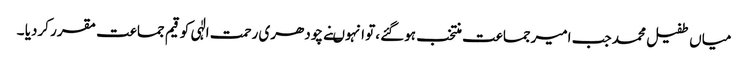
میاں طفیل محمد جب امیرجماعت منتخب ہوگئے ،تو انہوںنے چودھری رحمت الٰہی کو قیم جماعت مقرر کردیا ۔